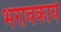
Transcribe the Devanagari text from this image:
भरावकार्य